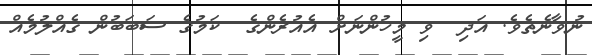
ނުވާނެތެވެ. އަދި  ވި މީހުންނަށް އެއުރެންގެ  ކަމުގެ ސަބަބުން ގެއްލުމެއް